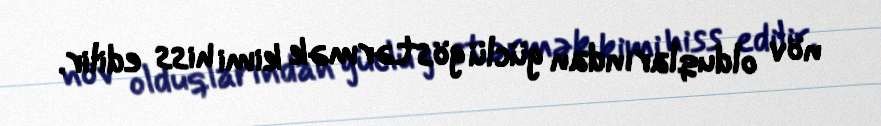
növ olduqlarından güclü göstərmək kimi hiss edilir.